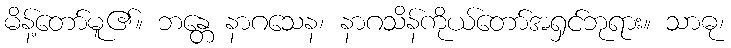
မိန့်တော်မူ၏။ ဘန္တေ နာဂသေန၊ နာဂသိန်ကိုယ်တော်အရှင်ဘုရား။ သာဓု၊